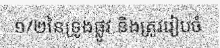
១/២នៃទ្រូងផ្លូវ និងត្រូវរៀបចំ